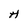
Character: H